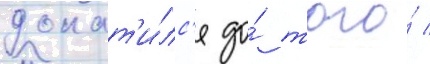
докат'и́лс'я до́ того́ /